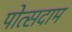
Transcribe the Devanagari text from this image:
पोत्सदाम